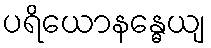
ပရိယောနန္ဓေယျ